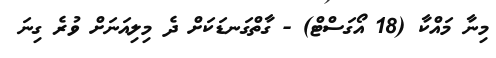
މިނާ މައްކާ (18 އޯގަސްޓް) - ގާތްގަނޑަކަށް ދެ މިލިއަނަށް ވުރެ ގިނަ